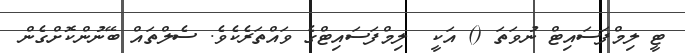
ޓީ ލިމްފަސައިޓް ނުވަތަ () އަކީ  ލިމްފަސައިޓްގެ ވައްތަރެކެވެ. ސެލްތައް ބޭނުންކޮށްގެން